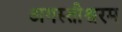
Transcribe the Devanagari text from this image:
अगस्तीश्वरम